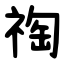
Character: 祹